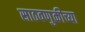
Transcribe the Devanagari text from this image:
साठवणुकीच्या